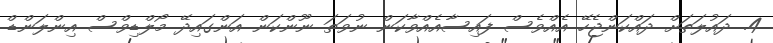
4. ދައުލަތަށް ދައްކަންޖެހޭ އެއްވެސް ފައިސާއެއްވާކަން ނުވަތަ ނޫންކަން އަންގައިދޭ މޯލްޑިވްސް އިންލަންޑް